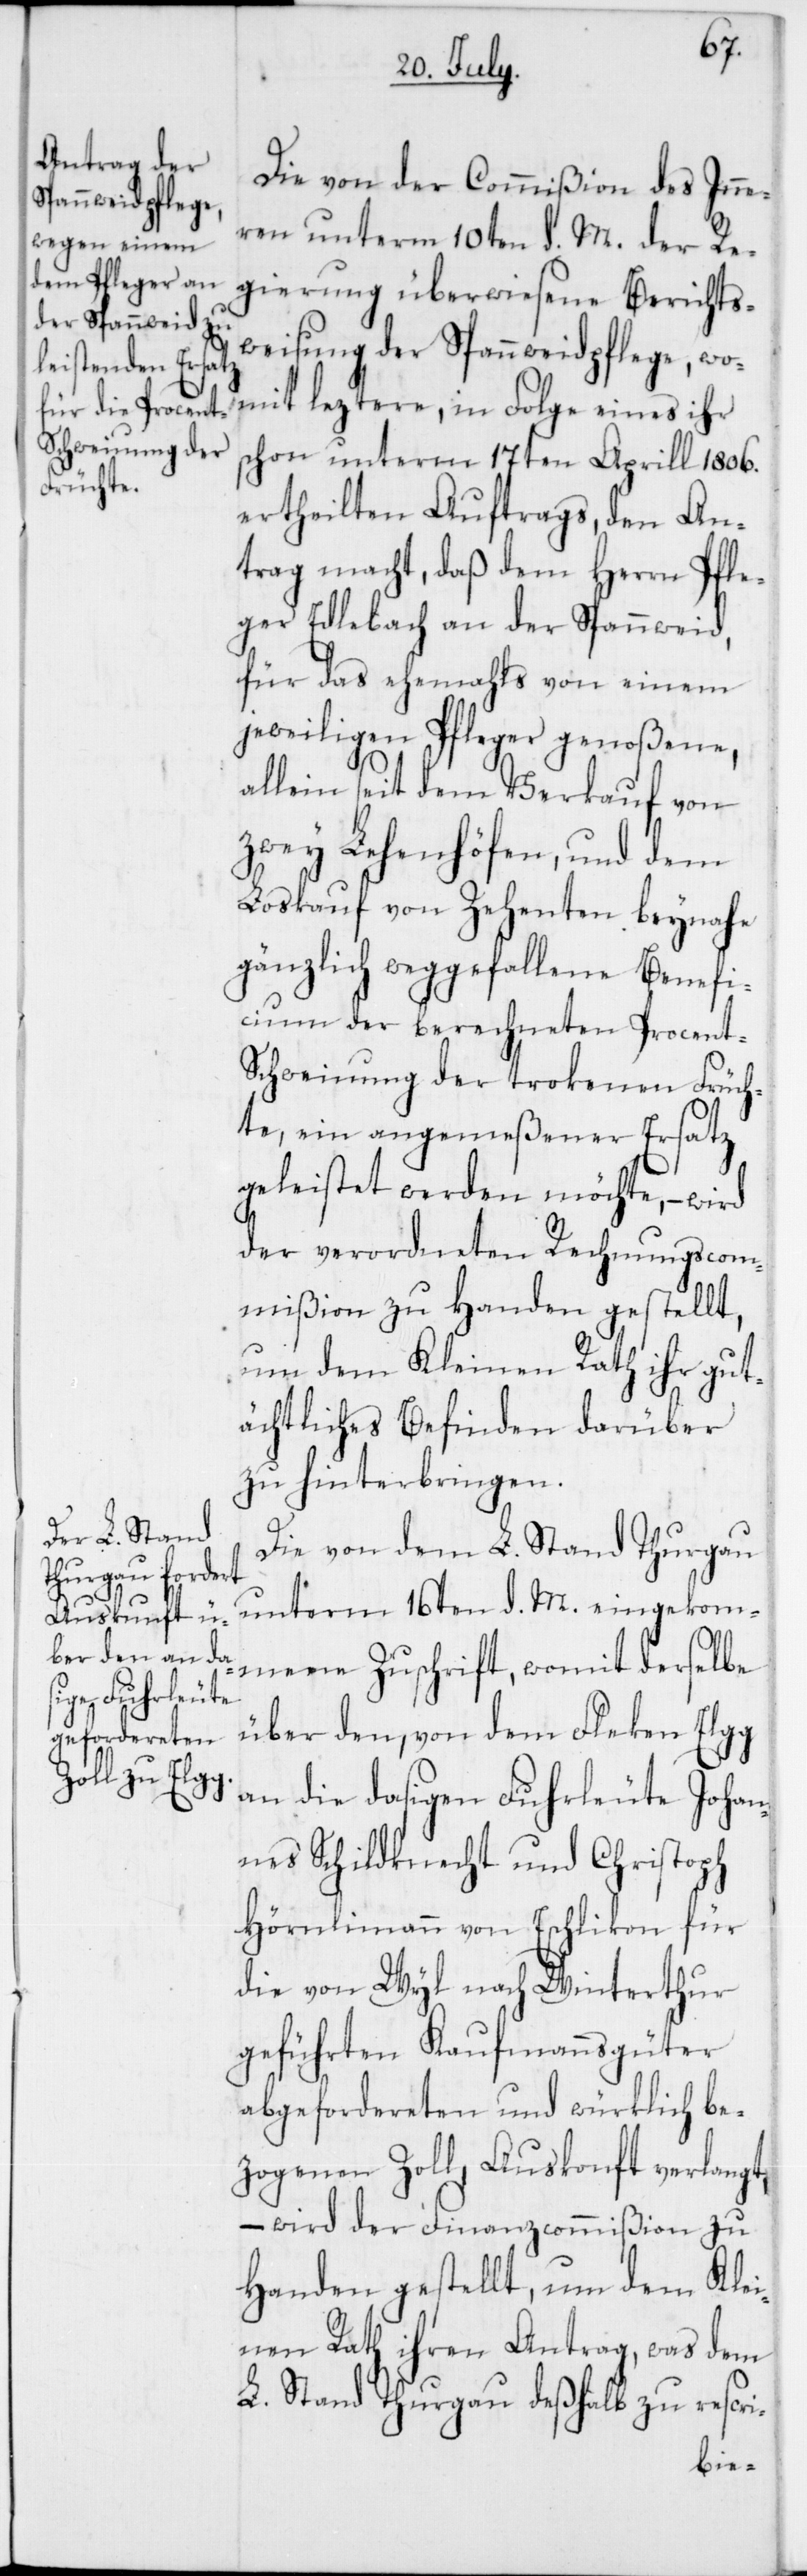
Die von der Commißion des Inne¬
ren unterm 10ten d. M. der Re¬
gierung überwiesene Berichts¬
weisung der Spannweidpflege, wo¬
schon unterm 17ten Aprill 1806.
ertheilten Auftrags, den An¬
trag macht, daß dem Herrn Pfle¬
ger Edlebach an der Spannweid,
für das ehemals von einem
jeweiligen Pfleger genoßene,
allein seit dem Verkauf von
zwey Lehenhöfen und dem
Loskauf von Zehenten beynahe
gänzlich weggefallene Benefi¬
cium der berechneten Procent-S¬
chweinung der trockenen Früch¬
te, ein angemeßener Ersatz
geleistet werden möchte, – wird
der verordneten Rechnungscom¬
mißion zu Handen gestellt,
um dem Kleinen Rath ihr gut¬
ächtliches Befinden darüber
zu hinterbringen.
Die von dem L. Stand Thurgau
Folge eines
unterm 16ten d. M. eingekom¬
mene Zuschrift, womit derselbe
über den, von dem Fleken Elgg
an die dasigen Fuhrleute Johan¬
nes Schildknecht und Christoph
Hörnlimann von Eschlikon für
die von Wyl nach Winterthur
geführten Kaufmannsgüter
abgefordereten und würklich be¬
zogenen Zoll, Auskonft verlangt,
– wird der Finanzcommißion zu
Handen gestellt, um dem Kle¬
inen Rath ihren Antrag, was dem
L. Stand Thurgau deßhalb zu rescri-